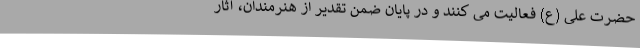
حضرت علی (ع) فعالیت می کنند و در پایان ضمن تقدیر از هنرمندان، آثار